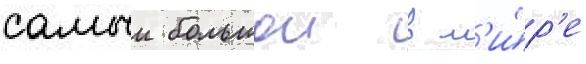
самыи большои в м'и́р'е